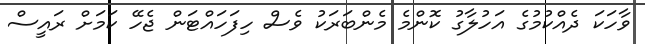
ވާހަކަ ދެއްކުމުގެ އަހުލާގު ކޮންމެ މެންބަރަކު ވެސް ހިފަހައްޓަން ޖެހޭ ކަމަށް ރައީސް